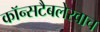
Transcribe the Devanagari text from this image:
कॉन्सटैबलेरवाच